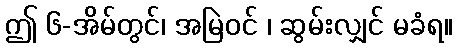
ဤ ၆-အိမ်တွင်၊ အမြဲဝင် ၊ ဆွမ်းလျှင် မခံရ။